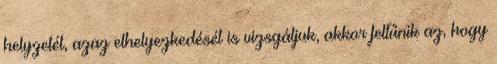
helyzetét, azaz elhelyezkedését is vizsgáljuk, akkor feltűnik az, hogy